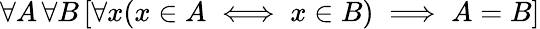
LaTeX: \forall A\, \forall B\, [\forall x(x\in A\iff x\in B)\implies A=B]